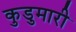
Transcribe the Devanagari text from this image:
कुडुमारी